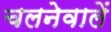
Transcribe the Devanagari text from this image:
चलनेवालें